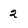
Character: 2